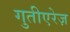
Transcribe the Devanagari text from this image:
गुतीएरेज़